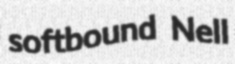
softbound Nell